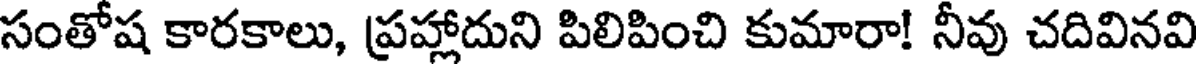
సంతోష కారకాలు, ప్రహ్లాదుని పిలిపించి కుమారా! నీవు చదివినవి